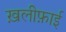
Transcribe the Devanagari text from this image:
ख़लीफ़ाई